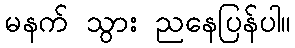
မနက် သွား ညနေပြန်ပါ။